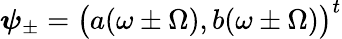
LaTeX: \boldsymbol{\psi}_{\pm}=\bigl(a(\omega\pm\Omega),b(\omega\pm\Omega)\bigr)^{t}